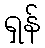
ရှန်